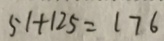
5 1 + 1 2 5 = 1 7 6